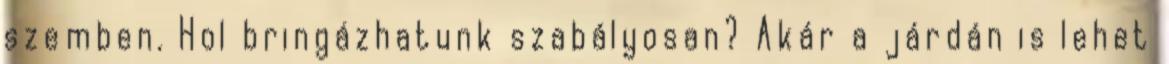
szemben. Hol bringázhatunk szabályosan? Akár a járdán is lehet